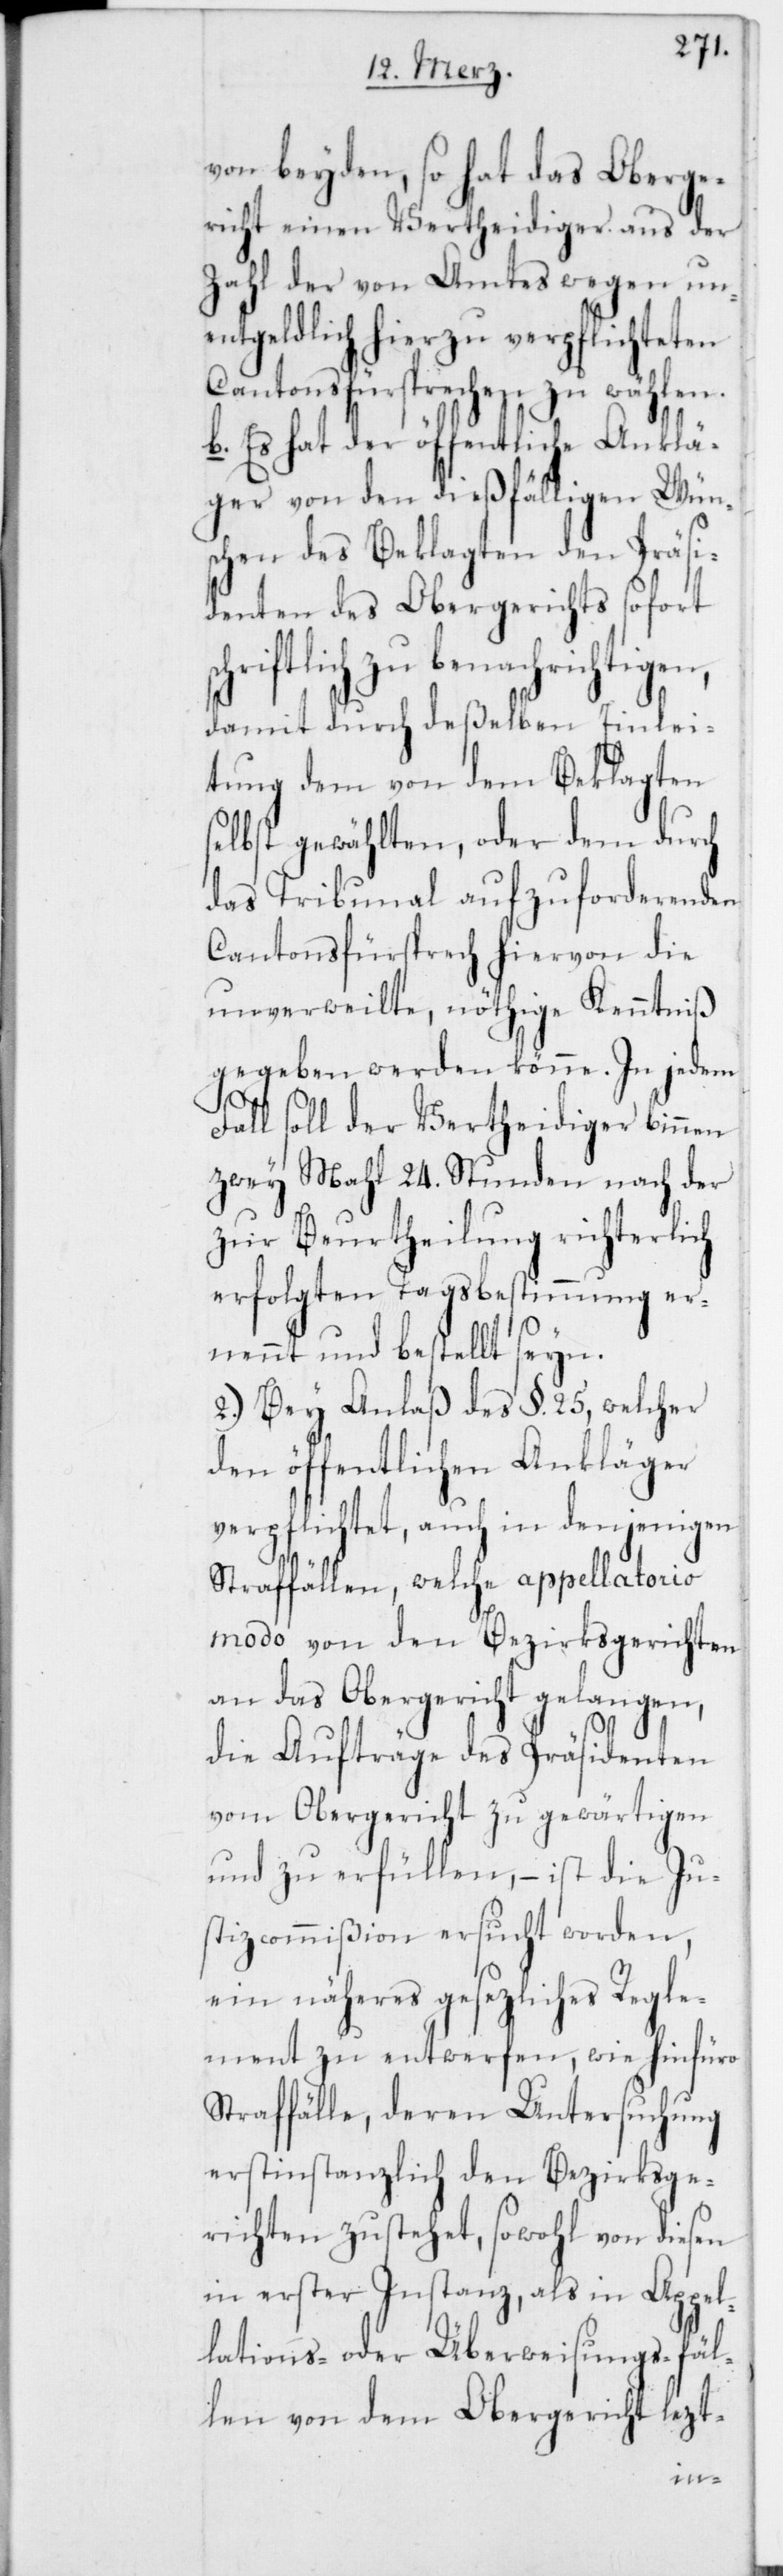
von beyden, so hat das Oberge¬
richt einen Vertheidiger aus der
Zahl der von Amtes wegen un¬
entgeldlich hierzu verpflichteten
Cantonsfürsprechen zu wählen.
b. Es hat der öffentliche Anklä¬
ger von den dießfälligen Wün¬
schen des Beklagten den Präsi¬
denten des Obergerichts sofort
chriftlich zu benachrichtigen,
damit durch deßelben Einlei¬
tung dem von dem Beklagten
elbst gewählten, oder dem durch
das Tribunal aufzuforderenden
Cantonsfürsprech hiervon die
unverweilte, nöthige Kenntniß
gegeben werden könne. In jedem
Fall soll der Vertheidiger binnen
zwey Mahl 24. Stunden nach der
zur Beurtheilung richterlich
erfolgten Tagsbestimmung er¬
nennt und bestellt seyn.
2.) Bey Anlaß des §. 25, welcher
den öffentlichen Ankläger
verpflichtet, auch in denjenigen
Straffällen, welche appellatorio
modo von den Bezirksgerichten
an das Obergericht gelangen,
die Aufträge des Präsidenten
vom Obergericht zu gewärtigen
und zu erfüllen, – ist die Ju¬
stizcommißion ersucht worden,
ein näheres gesezliches Regle¬
ment zu entwerfen, wie hinfüro
Straffälle, deren Untersuchung
erstinstanzlich den Bezirksge¬
richten zustehet, sowohl von diesen
in erster Instanz, als in Appel¬
lations- oder Überweisungsfäl¬
len von dem Obergericht lezt-
s¬